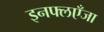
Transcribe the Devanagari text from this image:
इनफ्लएँजा